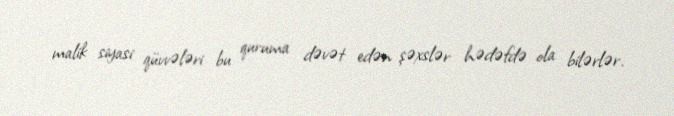
malik siyasi qüvvələri bu quruma dəvət edən şəxslər hədəfdə ola bilərlər.